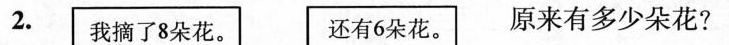
2. 我摘了8朵花。 还有6朵花。 原来有多少朵花?